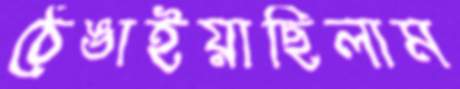
ঠেঙাইয়াছিলাম